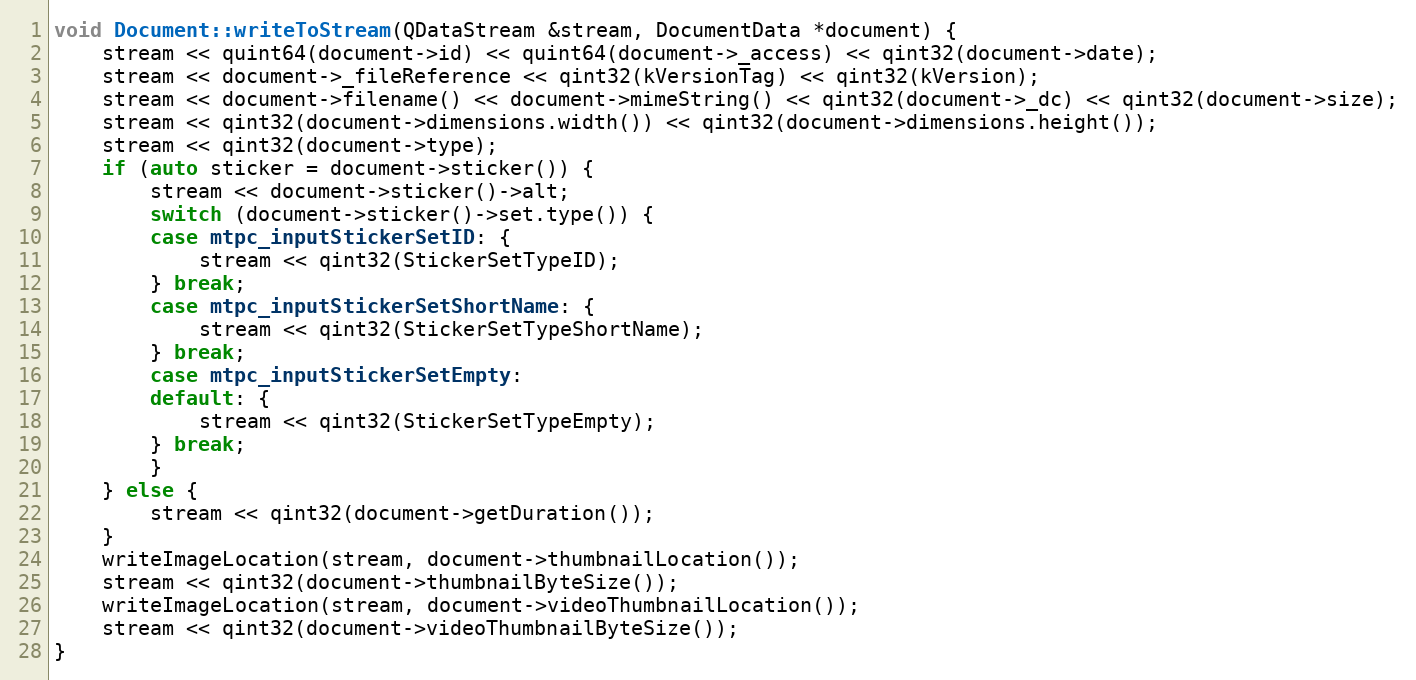
Language: C++
void Document::writeToStream(QDataStream &stream, DocumentData *document) {
	stream << quint64(document->id) << quint64(document->_access) << qint32(document->date);
	stream << document->_fileReference << qint32(kVersionTag) << qint32(kVersion);
	stream << document->filename() << document->mimeString() << qint32(document->_dc) << qint32(document->size);
	stream << qint32(document->dimensions.width()) << qint32(document->dimensions.height());
	stream << qint32(document->type);
	if (auto sticker = document->sticker()) {
		stream << document->sticker()->alt;
		switch (document->sticker()->set.type()) {
		case mtpc_inputStickerSetID: {
			stream << qint32(StickerSetTypeID);
		} break;
		case mtpc_inputStickerSetShortName: {
			stream << qint32(StickerSetTypeShortName);
		} break;
		case mtpc_inputStickerSetEmpty:
		default: {
			stream << qint32(StickerSetTypeEmpty);
		} break;
		}
	} else {
		stream << qint32(document->getDuration());
	}
	writeImageLocation(stream, document->thumbnailLocation());
	stream << qint32(document->thumbnailByteSize());
	writeImageLocation(stream, document->videoThumbnailLocation());
	stream << qint32(document->videoThumbnailByteSize());
}